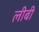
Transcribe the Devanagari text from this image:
लीबी